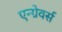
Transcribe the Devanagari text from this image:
एन्ग्रेवर्स